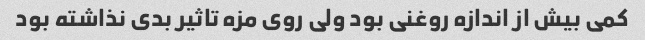
کمی بیش از اندازه روغنی بود ولی روی مزه تاثیر بدی نذاشته بود